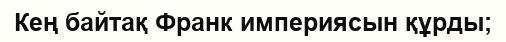
Кең байтақ Франк империясын құрды;